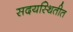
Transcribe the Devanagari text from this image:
सदयस्थितीत